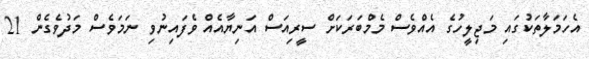
އެހަމަލާތަކުގައި މަޖިލީހުގެ އެއްވެސް މެމްބަރަކަށް ސީރިއަސް އަނިޔާއެއް ވެފައިނުވި ނަމަވެސް މަދުވެގެން 21